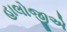
હાલોજીએ